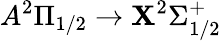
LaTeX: A^{2}\Pi_{1/2}\rightarrow\mathbf{X}^{2}\Sigma_{1/2}^{+}